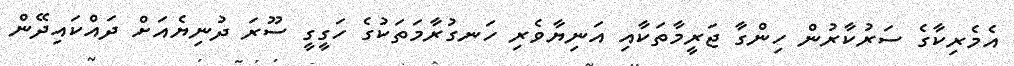
އެމެރިކާގެ ސަރުކާރުން ހިންގާ ޖަރީމާތަކާއި އަނިޔާވެރި ހަނގުރާމަތަކުގެ ހަގީގީ ސޫރަ ދުނިޔެއަށް ދައްކައިދޭން